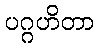
ပဂ္ဂဟိတာ